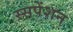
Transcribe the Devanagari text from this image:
स्सपेंशन